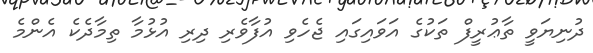
ދުނިޔަވީ ތާޢުރީފް ތަކުގެ އަވައިގައި ޖެހެވި އުފާވެރި ދިރި އުޅުމާ ތިމާދެކެ އެންމެ